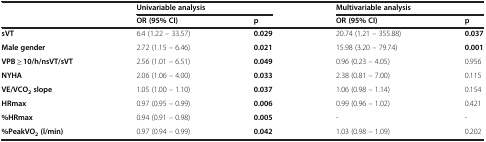
<table><thead><tr><td><b> </b></td><td colspan="2"><b>Univariable analysis</b></td><td colspan="2"><b>Multivariable analysis</b></td></tr><tr><td><b> </b></td><td><b>OR (95% CI)</b></td><td><b>p</b></td><td><b>OR (95% CI)</b></td><td><b>p</b></td></tr></thead><tbody><tr><td><b>sVT</b></td><td>6.4 (1.22 – 33.57)</td><td><b>0.029</b></td><td>20.74 (1.21 – 355.88)</td><td><b>0.037</b></td></tr><tr><td><b>Male gender</b></td><td>2.72 (1.15 – 6.46)</td><td><b>0.021</b></td><td>15.98 (3.20 – 79.74)</td><td><b>0.001</b></td></tr><tr><td><b>VPB ≥ 10/h/nsVT/sVT</b></td><td>2.56 (1.01 – 6.51)</td><td><b>0.049</b></td><td>0.96 (0.23 – 4.05)</td><td>0.956</td></tr><tr><td><b>NYHA</b></td><td>2.06 (1.06 – 4.00)</td><td><b>0.033</b></td><td>2.38 (0.81 – 7.00)</td><td>0.115</td></tr><tr><td><b>VE/VCO</b><sub><b>2 </b></sub><b>slope</b></td><td>1.05 (1.00 – 1.10)</td><td><b>0.037</b></td><td>1.06 (0.98 – 1.14)</td><td>0.154</td></tr><tr><td><b>HRmax</b></td><td>0.97 (0.95 – 0.99)</td><td><b>0.006</b></td><td>0.99 (0.96 – 1.02)</td><td>0.421</td></tr><tr><td><b>%HRmax</b></td><td>0.94 (0.91 – 0.98)</td><td><b>0.005</b></td><td>-</td><td>-</td></tr><tr><td><b>%PeakVO</b><sub><b>2 </b></sub><b>(l/min)</b></td><td>0.97 (0.94 – 0.99)</td><td><b>0.042</b></td><td>1.03 (0.98 – 1.09)</td><td>0.202</td></tr></tbody></table>